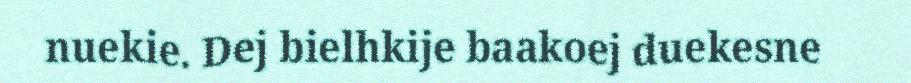
nuekie. Dej bielhkije baakoej duekesne